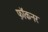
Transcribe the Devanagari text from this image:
फ़ॉकनर